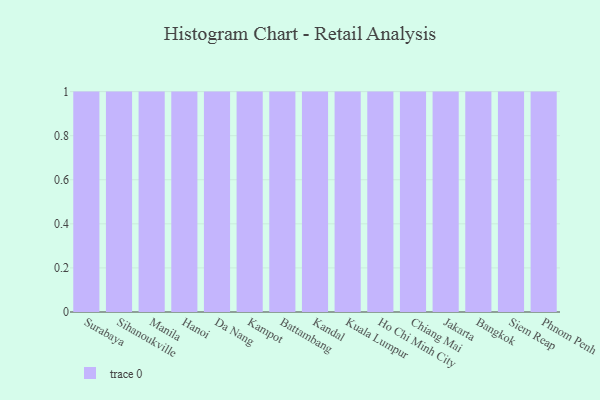
{"axis": {"x": "City", "y": "Operating Costs (USD K)"}, "legend": [""], "data": [{"x": "Surabaya", "y": 70, "type": ""}, {"x": "Sihanoukville", "y": 39, "type": ""}, {"x": "Manila", "y": 34, "type": ""}, {"x": "Hanoi", "y": 41, "type": ""}, {"x": "Da Nang", "y": 26, "type": ""}, {"x": "Kampot", "y": 89, "type": ""}, {"x": "Battambang", "y": 21, "type": ""}, {"x": "Kandal", "y": 18, "type": ""}, {"x": "Kuala Lumpur", "y": 62, "type": ""}, {"x": "Ho Chi Minh City", "y": 79, "type": ""}, {"x": "Chiang Mai", "y": 53, "type": ""}, {"x": "Jakarta", "y": 19, "type": ""}, {"x": "Bangkok", "y": 8, "type": ""}, {"x": "Siem Reap", "y": 50, "type": ""}, {"x": "Phnom Penh", "y": 78, "type": ""}]}